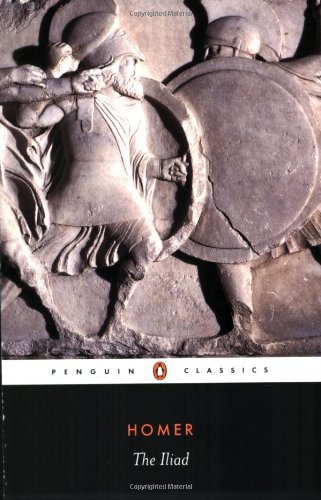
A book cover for The Iliad; Homer; Literature & Fiction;